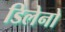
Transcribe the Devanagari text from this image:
डिलेनो